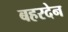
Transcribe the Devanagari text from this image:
बहरदेन